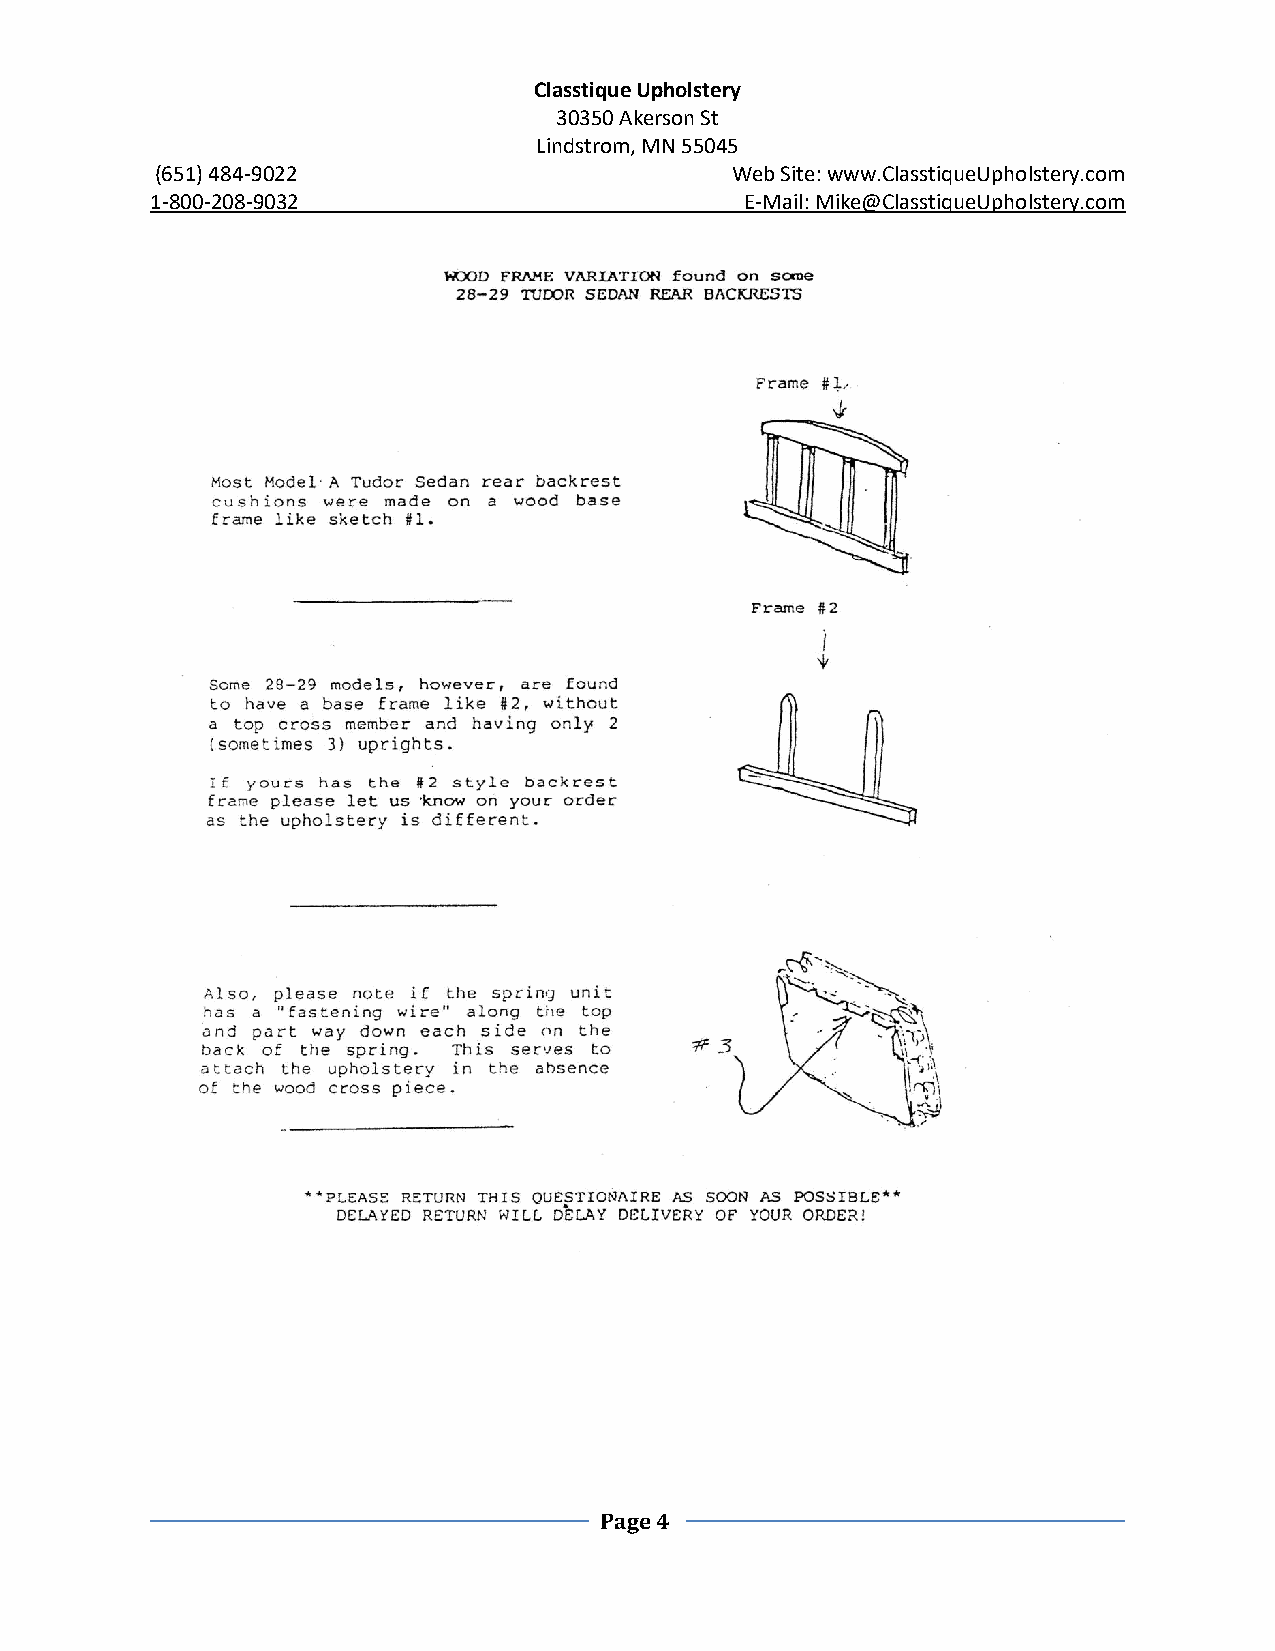
Classtique Upholstery
 30350 Akerson St
 Lindstrom, MN 55045
 (651) 484-9022                        Web Site: www.ClasstiqueUpholstery.com
 1-800-208-9032                         E-Mail: Mike@ClasstiqueUpholstery.com
 Page 4